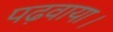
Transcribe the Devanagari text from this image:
पढ़वाया।